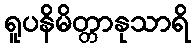
ရူပနိမိတ္တာနုသာရိ